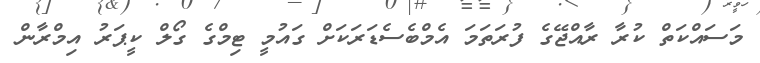
މަސައްކަތް ކުރާ ރާއްޖޭގެ ފުރަތަމަ އެމްބެސެޑަރަކަށް ގައުމީ ޓިމްގެ ގޯލް ކީޕަރު އިމްރާން